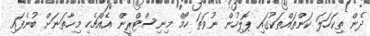
ދެން ތިކަހަލަ ކަންތައްތަކުގައި ޕޮލިހުން ނުވަތަ ހޯމް މިނިސްޓްރީން އެއްޗެހި މިހާތަނަށް ބުނެފައި